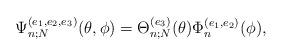
LaTeX: \begin{align*}\Psi_{n;N}^{(e_1,e_2,e_3)}(\theta,\phi)=\Theta_{n;N}^{(e_3)}(\theta)\Phi_{n}^{(e_1,e_2)}(\phi),\end{align*}